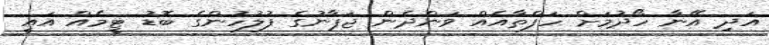
އަދި އޭނާ ހޯދުމަށް ހަފްތާއެއް ވަންދެން ޖަޕާނުގެ ފުލުހުންގެ ބޮޑު ޓީމެއް އައީ